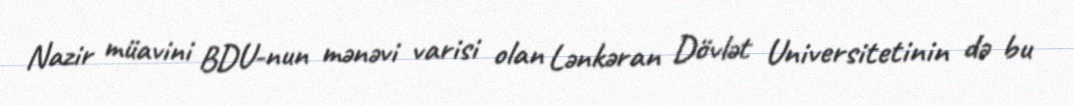
Nazir müavini BDU-nun mənəvi varisi olan Lənkəran Dövlət Universitetinin də bu